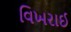
વિખરાઈ